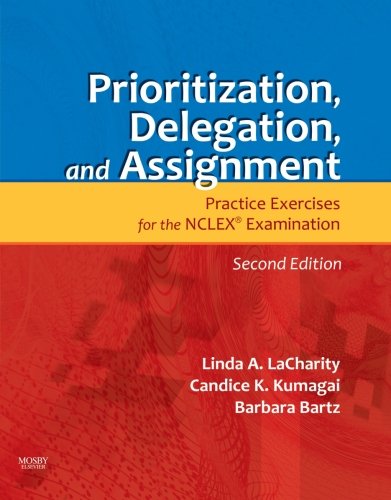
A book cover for Prioritization, Delegation, and Assignment: Practice Exercises for the NCLEX Examination, 2e; Linda LaCharity; Medical Books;